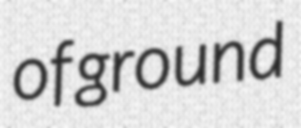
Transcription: of ground